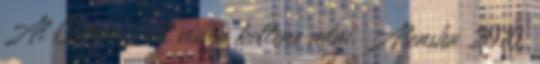
Al Capone , ott vissza kellene adni. Alensha 2010.